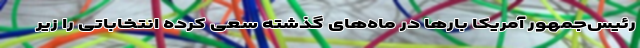
رئیس‌جمهور آمریکا بارها در ماه‌های گذشته سعی کرده انتخاباتی را زیر